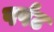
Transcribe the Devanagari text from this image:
पर्पट